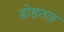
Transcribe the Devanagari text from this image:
डोहतळ